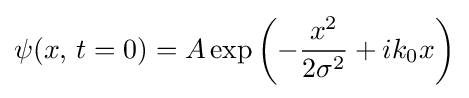
\psi (x,\,t=0)=A\exp \left(-{\frac {x^{2}}{2\sigma ^{2}}}+ik_{0}x\right)